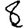
Digit: 8